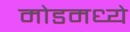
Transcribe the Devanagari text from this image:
मोडमध्ये